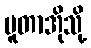
ပူတာအိုသို့